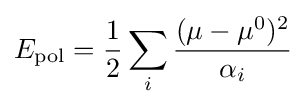
E_{\text{pol}}={\frac {1}{2}}\sum _{i}{\frac {(\mu -\mu ^{0})^{2}}{\alpha _{i}}}